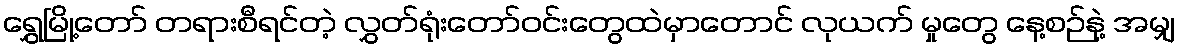
ရွှေမြို့တော် တရားစီရင်တဲ့ လွှတ်ရုံးတော်ဝင်းတွေထဲမှာတောင် လုယက် မှုတွေ နေ့စဉ်နဲ့ အမျှ